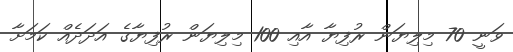
ވަނީ 70 މިލިޔަން ރުފިޔާ އާއި 100 މިލިޔަން ރުފިޔާގެ އަދަދެއް ކަމަށާ